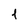
Character: 1